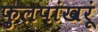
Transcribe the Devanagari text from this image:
फुलपांखरूं